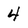
Character: 4